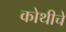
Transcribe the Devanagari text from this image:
कोथीचे